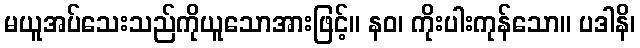
မယူအပ်သေးသည်ကိုယူသောအားဖြင့်။ နဝ၊ ကိုးပါးကုန်သော။ ပဒါနိ၊